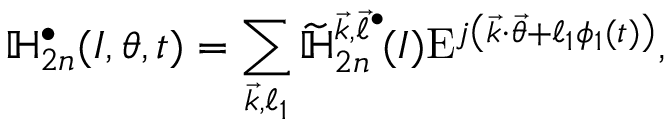
\mathbb { H } _ { 2 n } ^ { \bullet } ( \boldsymbol { I } , \boldsymbol { \theta } , t ) = \sum _ { \substack { \vec { k } , \ell _ { 1 } } } \widetilde { \mathbb { H } } _ { 2 n } ^ { \vec { k } , \vec { \ell } ^ { \bullet } } \! ( \boldsymbol { I } ) \mathrm { E } ^ { j \left( \vec { k } \cdot \vec { \theta } + \ell _ { 1 } \phi _ { 1 } ( t ) \right) } ,